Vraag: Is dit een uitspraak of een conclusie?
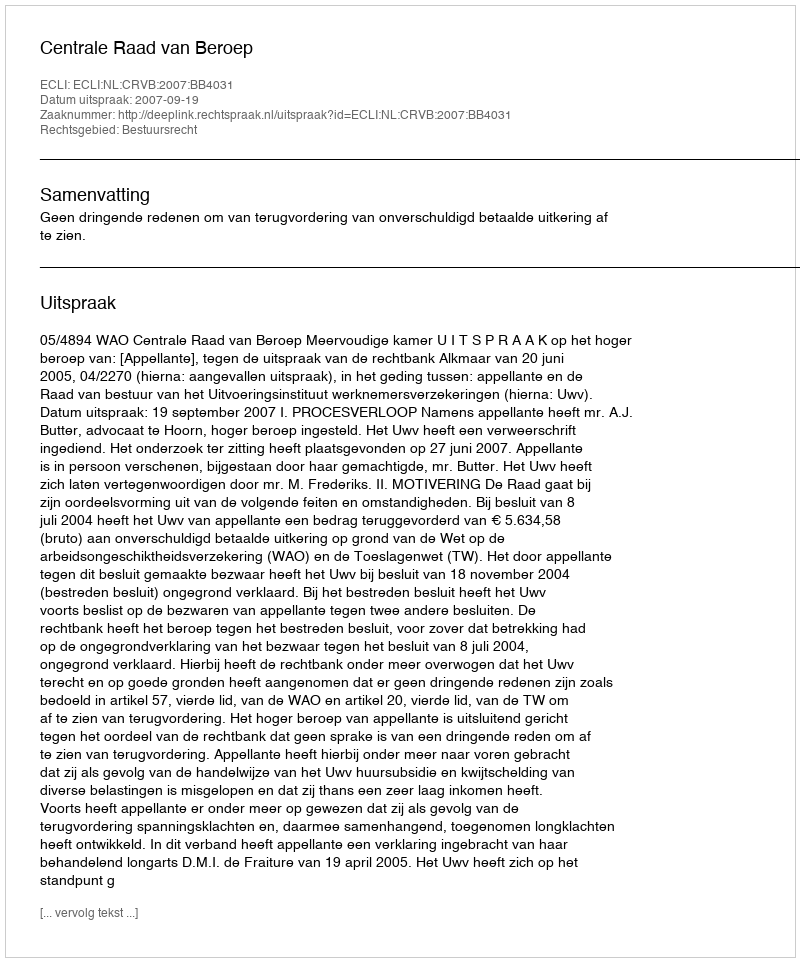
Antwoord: Uitspraak